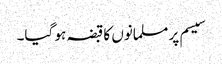
سیسم پر مسلمانوں کا قبضہ ہو گیا۔